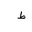
Letter: _da